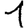
Digit: 1